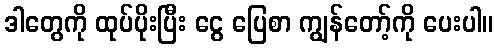
ဒါတွေကို ထုပ်ပိုးပြီး ငွေ ပြေစာ ကျွန်တော့်ကို ပေးပါ။